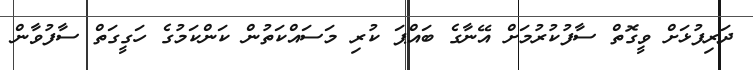
ދަރިފުޅަށް ވީގޮތް ސާފުކުރުމަށް އޭނާގެ ބައްޕަ ކުރި މަސައްކަތުން ކަންކަމުގެ ހަގީގަތް ސާފުވާން